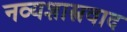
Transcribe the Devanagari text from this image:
नव्यशास्त्रवाद